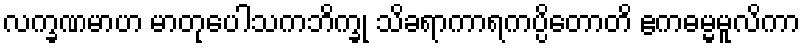
လက္ခဏမာဟ မာတုပေါသကဘိက္ခု သိခရာကာရကပ္ပိတောတိ ဧကဓမ္မမူလိကာ